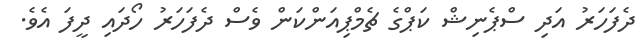
ދެފަހަރު އަދިި ސްޕެނިޝް ކަޕްގެ ޗެމްޕިއަންކަން ވެސް ދެފަހަރު ހޯދައި ދީފަ އެވެ.